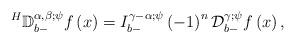
LaTeX: \begin{align*}^{H}\mathbb{D}_{b-}^{\alpha ,\beta ;\psi }f\left( x\right) =I_{b-}^{\gamma -\alpha ;\psi }\left( -1\right) ^{n}\mathcal{D}_{b-}^{\gamma ;\psi }f\left( x\right),\end{align*}